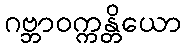
ဂဗ္ဘာဝက္ကန္တိယော